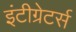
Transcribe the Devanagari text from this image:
इंटीग्रेटर्स